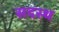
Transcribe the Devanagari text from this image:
सदस्थ